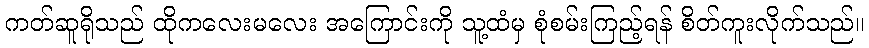
ကတ်ဆူရိုသည် ထိုကလေးမလေး အကြောင်းကို သူ့ထံမှ စုံစမ်းကြည့်ရန် စိတ်ကူးလိုက်သည်။